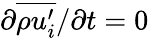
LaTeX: {\partial\overline{{\rho u_{i}^{\prime}}}}/{\partial t}=0